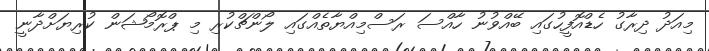
މިއަދު ދިރާގު ހެޑްއޮފީހުގައި ބޭއްވުނު ހާއްސަ ރަސްމިއްޔާތެއްގައި ލޯންޗްކުރި މި ޕްރޮމޯޝަން ކުރިޔަށްދާނީ